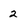
Character: 2